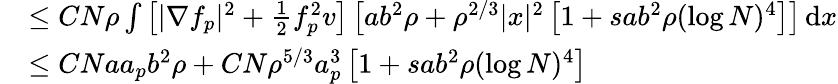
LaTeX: \begin{array}{rl}&{\leq CN\rho\int\left[|\nabla f_{p}|^{2}+\frac{1}{2}f_{p}^{2}v\right]\left[ab^{2}\rho+\rho^{2/3}|x|^{2}\left[1+sab^{2}\rho(\log N)^{4}\right]\right]\, \textnormal{d}x}\\ &{\leq CNaa_{p}b^{2}\rho+CN\rho^{5/3}a_{p}^{3}\left[1+sab^{2}\rho(\log N)^{4}\right]}\end{array}